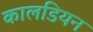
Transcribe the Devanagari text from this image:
कालडियन